Lunatic asylums Central Provinces reports 1874-1885 - 1874-1885
Year: 1874
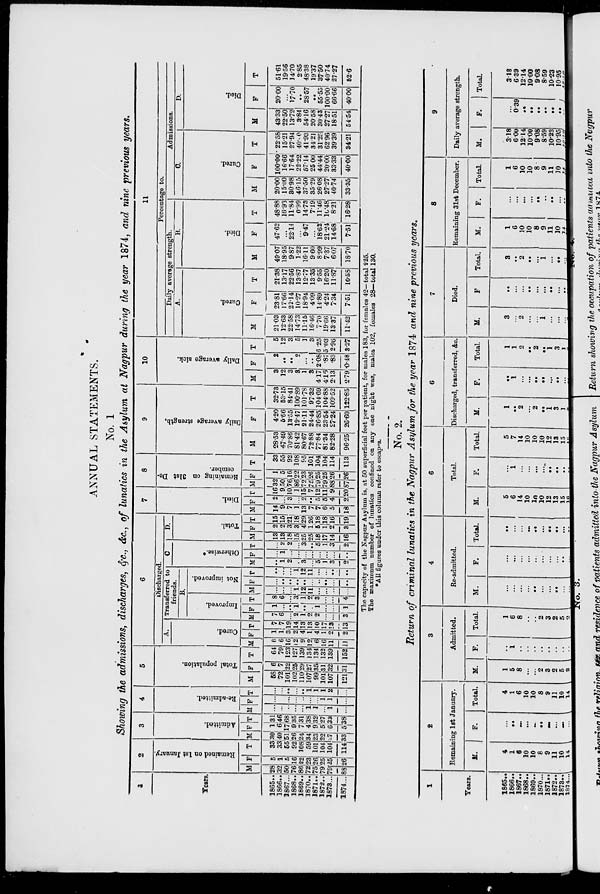
ANNUAL STATEMENTS.
No. 1
Showing the admissions, discharges, &c., &c., of lunatics in the Asylum at Nagpur during the year 1874, and nine previous years.
1
Years.
1865 ..
1866 ..
1867 ...
1868 ..
1869 ..
1870 ..
1871 ..
1872 ..
1873 ...
1874 ...
2
Remained on 1st January.
M
28
32
50
76
86
72
75
79
79
88
F
5
1
5
16
22
23
26
25
25
26
T
33
33
55
92
108
59
101
104
104
114
3
Admitted.
M
30
40
51
26
24
34
23
22
27
33
F
1 6
17
9
7
4
9
5
6
5
T
31
46
68
35
31
38
32
27
33
38
4
Re-admitted.
M
...
...
..
...
...
1
1
...
1
...
F
...
...
...
...
..
...
...
1
1
...
T
...
...
...
...
...
1
1
1
2
...
5
Total population.
M
58
72
101
102
110
107
99
101
107
121
F
6
7
22
25
29
27
35
31
32
31
T
64
79
123
127
139
134
134
132
139
152
6
Discharged.
A.
Cured.
M
6
6
16
12
9
12
6
16
11
11
F
1
1
3
2
4
1
4
1
2
2
T
7
7
19
14
13
13
10
17
13
13
Transferred to
friends.
B.
Improved.
M
7
6
...
2
1
2
2
...
...
3
F
1
...
..
1
..
...
1
...
...
1
T
8
6
...
3
1
2
3
...
...
4
Not improved.
M
...
...
...
1
12
11
...
...
...
...
F
...
...
...
...
..
..
..
..
...
...
T
...
...
...
1
12
11
...
...
...
..
C.
Otherwise.*
M
...
1
2
...
3
...
5
1
3
2
F
...
1
...
...
...
...
...
...
...
...
T
...
2
2
...
3
...
5
1
3
2
D.
Total.
M
13
13
18
15
25
25
13
17
14
16
F
2
2
3
3
4
1
5
1
2
3
T
15
15
21
18
29
26
18
18
16
19
7
Died.
M
14
9
7
1
13
7
7
6
5
18
F
2
...
3
...
2
..
5
5
4
2
T
16
9
10
1
15
7
12
11
9
20
8
Remaining on 31st De-
cember.
M
32
50
76
86
72
75
79
79
88
87
F
1
5
16
22
23
26
25
25
26
26
T
33
55
92
108
95
101
104
104
114
113
9
Daily average strength.
M
28.53
47.49
70.86
81.42
80.67
72.88
77.84
81.34
82.28
96.25
F
4.20
5.66
13.55
19.47
21.11
24.44
26.85
23.54
27.24
26.60
T
32.73
53.15
84.41
100.89
101.78
97.32
104.69
104.88
109.52
122.85
10
Daily average sick.
M
3
12
3
3
1
3
4.17
4.16
2.13
2.79
F
2
..
...
2
...
..
2.08
.87
.83
0.48
T
5
12
3
5
1
3
6.25
5.03
2.96
3.27
11
Percentage to.
Daily average strength.
A.
Cured.
M
21.03
12.63
22.58
14.73
11.15
16.46
7.70
19.66
13.37
11.42
F
23.81
17.66
22.14
10.27
18.94
4.09
14.89
4.24
7.34
7.51
T
21.38
13.17
22.56
13.87
12.77
13.35
9.55
16.20
11.87
10.58
B.
Died.
M
49.07
18.95
9.87
1.22
16.11
9.60
8.99
7.37
6.07
18.70
F
47.62
...
22.14
...
9.47
...
18.62
21.24
14.68
7.51
T
48.88
16.93
11.84
0.99
14.73
7.19
11.46
10.48
8.21
16.28
Admissions.
C.
Cured.
M
20.00
15.00
30.98
46.15
37.50
35.29
26.08
27.27
40.74
33.35
F
100.00
16.66
17.64
22.22
57.14
25.00
44.44
20.00
33.33
40.00
T
22.58
15.21
27.94
40.0
41.93
34.21
31.25
62.96
39.39
34.21
D.
Died.
M
43.33
22.50
13.72
3.84
54.16
20.58
30.43
27.27
18.51
54.54
F
20.00
...
17.70
..
28.57
..
55.55
100.00
66.66
40.00
T
51.61
19.56
14.70
2.85
48.38
19.37
37.50
40.74
27.27
52.6
The capacity of the Nagpur Asylum is, at 50 superficial feet per patient, for males 183, for females 42—total 225.
The maximum number of lunatics confined on any one night was, males 102, females 28— total 130.
*All figures under this column refer to escapes.
No. 2.
Return of criminal lunatics in the Nagpur Asylum for the year 1874 and nine previous years.
1
Years.
1865 ..
1866 ..
1867 ..
1868 ..
1869 ..
1870 ..
1871..
1872 ..
1873 ..
1874 ..
2
Remaining 1st January.
M.
4
1
6
10
10
8
9
11
10
14
F.
...
..
...
...
...
...
...
...
...
...
Total.
4
1
6
10
10
8
9
11
10
14
3
Admitted.
M.
1
5
8
...
...
2
3
2
5
2
F.
..
1
..
..
..
..
..
..
..
..
Total.
1
6
8
..
..
2
3
2
5
2
4
Re-admitted.
M.
...
...
...
...
...
...
...
...
...
...
F.
...
...
...
...
...
...
...
...
...
...
Total.
...
...
...
...
...
...
...
...
...
...
5
Total.
M.
5
6
14
10
10
10
12
13
15
16
F.
...
1
...
...
...
...
...
..
..
..
Total.
5
7
14
10
10
10
12
13
15
16
6
Discharged, transferred, &c.
M.
1
..
2
...
2
...
1
3
1
3
F.
...
1
...
...
...
...
...
...
...
...
Total.
1
1
2
...
2
...
1
3
1
3
7
Died.
M.
3
...
2
...
...
1
...
...
...
3
F.
...
...
...
...
...
...
...
...
...
...
Total.
3
..
2
...
...
1
...
...
...
3
8
Remaining 31st December.
M.
1
6
10
10
8
9
11
10
14
12
F.
...
...
...
...
..
..
..
...
..
...
Total.
1
6
10
10
8
9
11
10
14
12
9
Daily average strength.
M.
3.18
6.00
12.14
10.00
9.08
8.59
10.23
10.95
12.12
12.38
F.
...
0.39
..
..
..
..
..
..
..
...
Total.
3.18
6.39
12.14
10.00
9.08
8.59
10.23
10.95
12.12
12.38